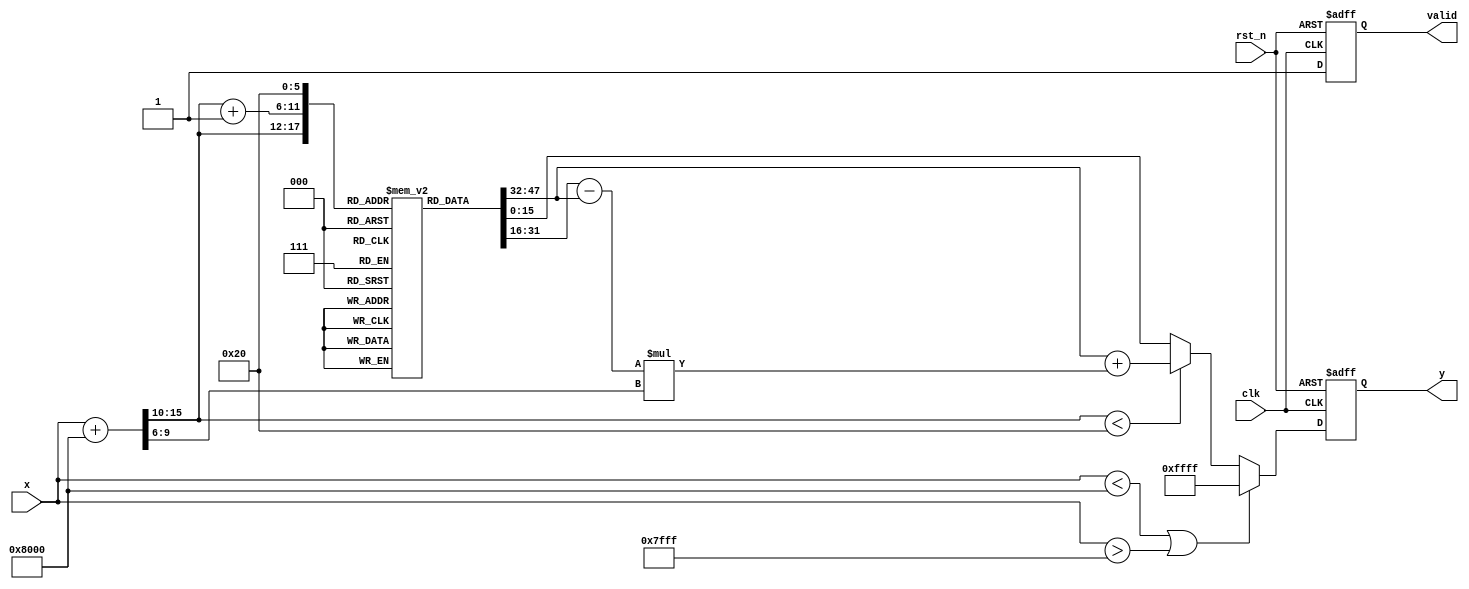
module asin_block (
    input wire clk,
    input wire rst_n,
    input wire signed [15:0] x, // Input value in fixed-point representation
    output reg signed [15:0] y,  // Output value in fixed-point representation
    output reg valid              // Output valid signal
);

    // LUT for asin values (simplified for demonstration)
    reg signed [15:0] lut [0:32]; // LUT for 33 discrete values
    initial begin
        // Precomputed asin values for 33 points from -1 to 1
        lut[0]  = -16'h8000; // -/2
        lut[1]  = -16'h4000; // -/6
        lut[2]  = -16'h2000; // -/12
        lut[3]  = 0;         // 0
        lut[4]  = 16'h2000;  // /12
        lut[5]  = 16'h4000;  // /6
        lut[6]  = 16'h8000;  // /2
        // Fill in more values as needed for better precision
    end

    // Internal signals
    reg signed [15:0] x_scaled;
    reg [5:0] index; // Index for LUT
    reg [15:0] y_temp;

    // State machine for processing
    always @(posedge clk or negedge rst_n) begin
        if (!rst_n) begin
            y <= 0;
            valid <= 0;
        end else begin
            // Range checking
            if (x < -16'h8000 || x > 16'h7FFF) begin
                y <= 16'hFFFF; // Error value (NaN)
                valid <= 1;
            end else begin
                // Scale input to LUT index
                x_scaled = x + 16'h8000; // Shift range from [-1, 1] to [0, 2^16]
                index = x_scaled[15:10]; // Use upper bits for LUT index

                // Interpolation (simple linear interpolation)
                if (index < 32) begin
                    y_temp = lut[index] + ((lut[index + 1] - lut[index]) * (x_scaled[9:0] >> 6));
                end else begin
                    y_temp = lut[32]; // Handle edge case
                end

                y <= y_temp;
                valid <= 1;
            end
        end
    end

endmodule